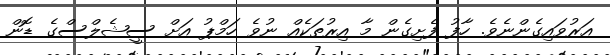
އަރުވައިގެންނެވެ. ހާފު ފެށިގެން މާ އިރުތަކެއް ނުވެ ހަމްޕު އަށް ސީޝެލްސްގެ ޑޮން